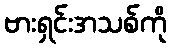
ဗားရှင်းအသစ်ကို